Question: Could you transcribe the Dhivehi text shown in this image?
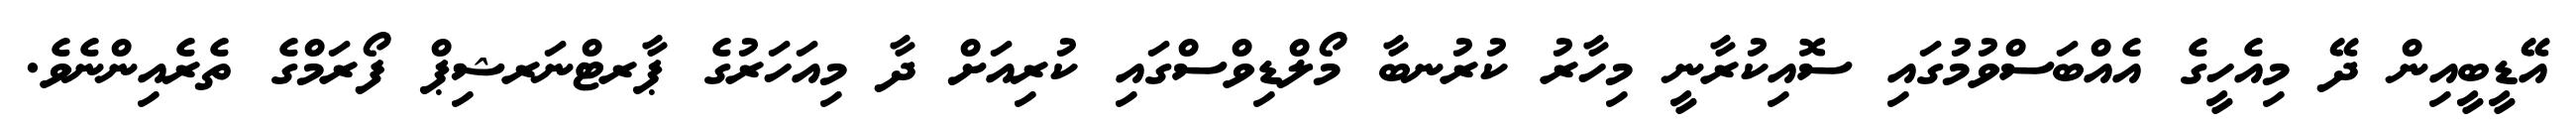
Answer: އޭޑީބީއިން ދޭ މިއެހީގެ އެއްބަސްވުމުގައި ސޮއިކުރާނީ މިހާރު ކުރުނބާ މޯލްޑިވްސްގައި ކުރިއަށް ދާ މިއަހަރުގެ ޕާރޓްނަރޝިޕް ފޯރަމްގެ ތެރެއިންނެވެ.